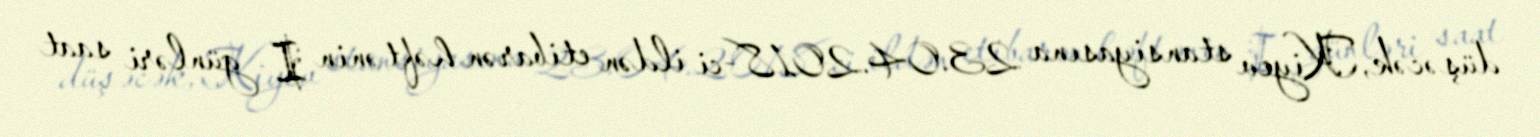
düşəcək, Kiyev stansiyasına 23.04.2018-ci ildən etibarən həftənin I günləri saat